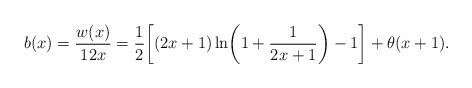
LaTeX: \begin{align*}b(x)=\frac{w(x)}{12x} =\frac12\biggl[(2x+1)\ln\biggl(1+\frac1{2x+1}\biggr) -1\biggr]+\theta(x+1).\end{align*}